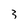
Character: 3